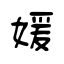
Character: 媛